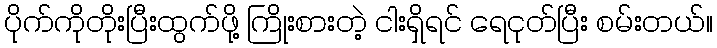
ပိုက်ကိုတိုးပြီးထွက်ဖို့ ကြိုးစားတဲ့ ငါးရှိရင် ရေငုတ်ပြီး စမ်းတယ်။